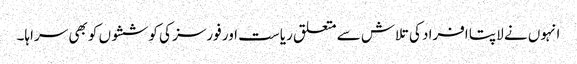
انہوں نے لاپتا افراد کی تلاش سے متعلق ریاست اور فورسز کی کوششوں کو بھی سراہا۔